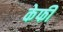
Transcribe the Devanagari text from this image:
केफी